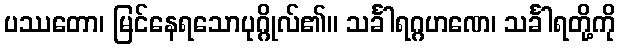
ပဿတော၊ မြင်နေရသောပုဂ္ဂိုလ်၏။ သင်္ခါရဂ္ဂဟဏေ၊ သင်္ခါရတို့ကို